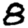
Digit: 8